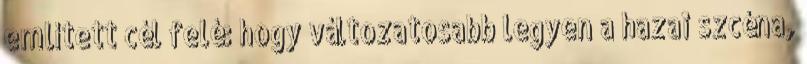
említett cél felé: hogy változatosabb legyen a hazai szcéna,